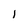
Character: 1